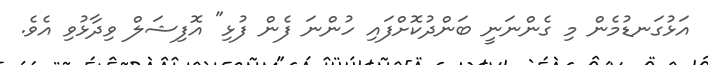
އަޅުގަނޑުމެން މި ގެންނަނީ ބަންދުކޮށްފައި ހުންނަ ފެން ފުޅި" އޮފިޝަލް ވިދާޅުވި އެވެ.